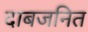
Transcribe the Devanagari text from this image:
दाबजनित